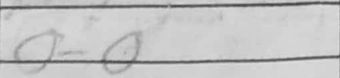
Transcription: O-O